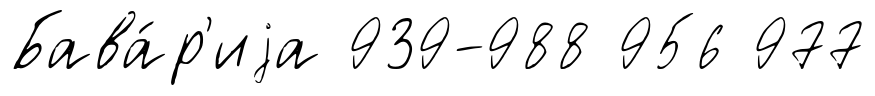
Бава́р'иjа 939-988 956 977